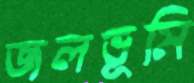
জলভূমি